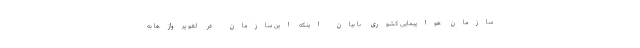
سازمان هواپیمایی کشوری با بیان اینکه این سازمان در لغو پروازها به